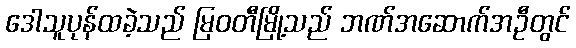
ဒေါသူပုန်ထခဲ့သည် မြဝတီမြို့သည် ဘဏ်အဆောက်အဦတွင်